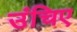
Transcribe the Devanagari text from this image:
उंचिए